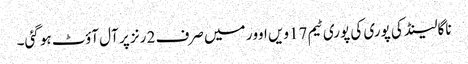
ناگالینڈ کی پوری کی پوری ٹیم 17ویں اوور میں صرف 2 رنز پر آل آؤٹ ہو گئی۔